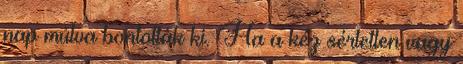
nap múlva bontották ki. Ha a kéz sértetlen vagy